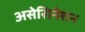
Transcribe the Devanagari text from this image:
असेसिनेशन